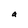
Character: a